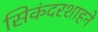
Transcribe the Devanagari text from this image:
सिकंदरशाहने